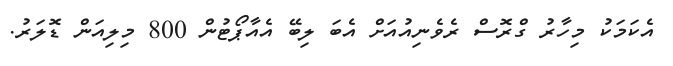
އެކަމަކު މިހާރު ގްރޮސް ރެވެނިއުއަށް އެބަ ލިބޭ އެއާޕޯޓުން 800 މިލިއަން ޑޮލަރު.